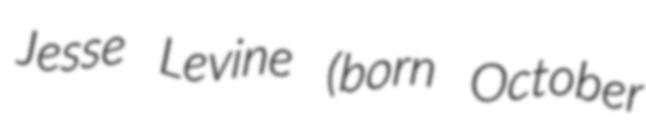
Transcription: Jesse Levine (born October